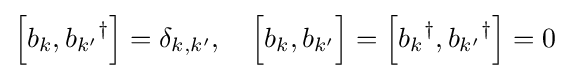
\left[b_{k},{b_{k'}}^{\dagger }\right]=\delta _{k,k'},\quad {\Big [}b_{k},b_{k'}{\Big ]}=\left[{b_{k}}^{\dagger },{b_{k'}}^{\dagger }\right]=0